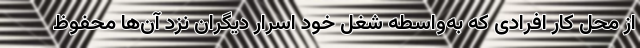
از محل کار افرادی که به‌واسطه شغل خود اسرار دیگران نزد آن‌ها محفوظ